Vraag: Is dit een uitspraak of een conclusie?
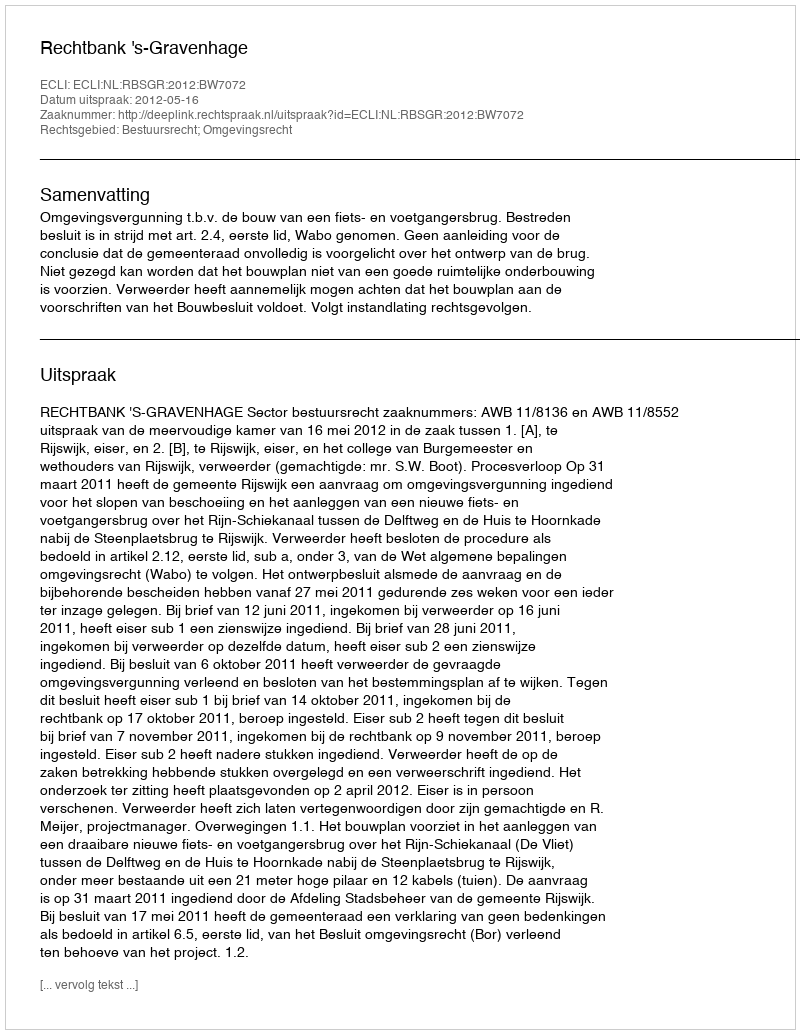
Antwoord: Uitspraak